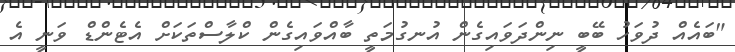
"ބައެއް ދުވަހު ބޭބީ ނިންދަވައިގެން އުނގުމަތީ ބާއްވައިގެން ކްލާސްތަކަށް އެޓެންޑް ވަނީ އެ